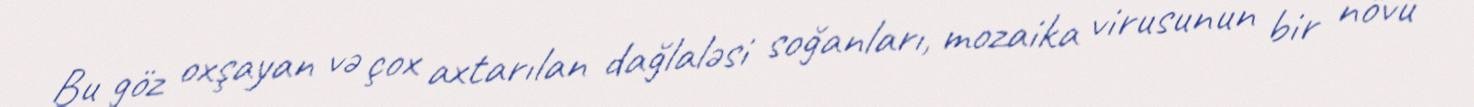
Bu göz oxşayan və çox axtarılan dağlaləsi soğanları, mozaika virusunun bir növü